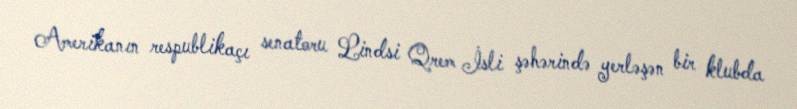
Amerikanın respublikaçı senatoru Lindsi Qrem İsli şəhərində yerləşən bir klubda